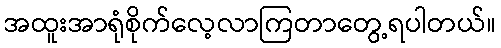
အထူးအာရုံစိုက်လေ့လာကြတာတွေ့ရပါတယ်။